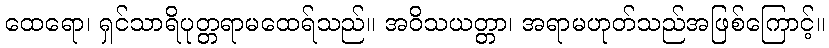
ထေရော၊ ရှင်သာရိပုတ္တရာမထေရ်သည်။ အဝိသယတ္တာ၊ အရာမဟုတ်သည်အဖြစ်ကြောင့်။